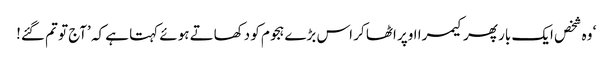
‘ وہ شخص ایک بار پھر کیمرا اوپر اٹھا کر اس بڑے ہجوم کو دکھاتے ہوئے کہتا ہے کہ ’آج تو تم گئے!